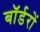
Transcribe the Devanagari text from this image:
बॉर्डरों